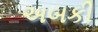
અબકી